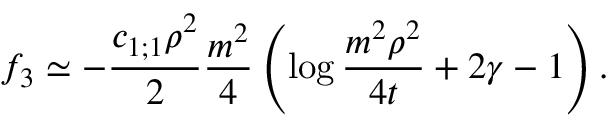
f _ { 3 } \simeq - \frac { c _ { 1 ; 1 } \rho ^ { 2 } } { 2 } \frac { m ^ { 2 } } { 4 } \left( \log \frac { m ^ { 2 } \rho ^ { 2 } } { 4 t } + 2 \gamma - 1 \right) .